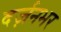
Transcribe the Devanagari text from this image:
दर्ज़नभर